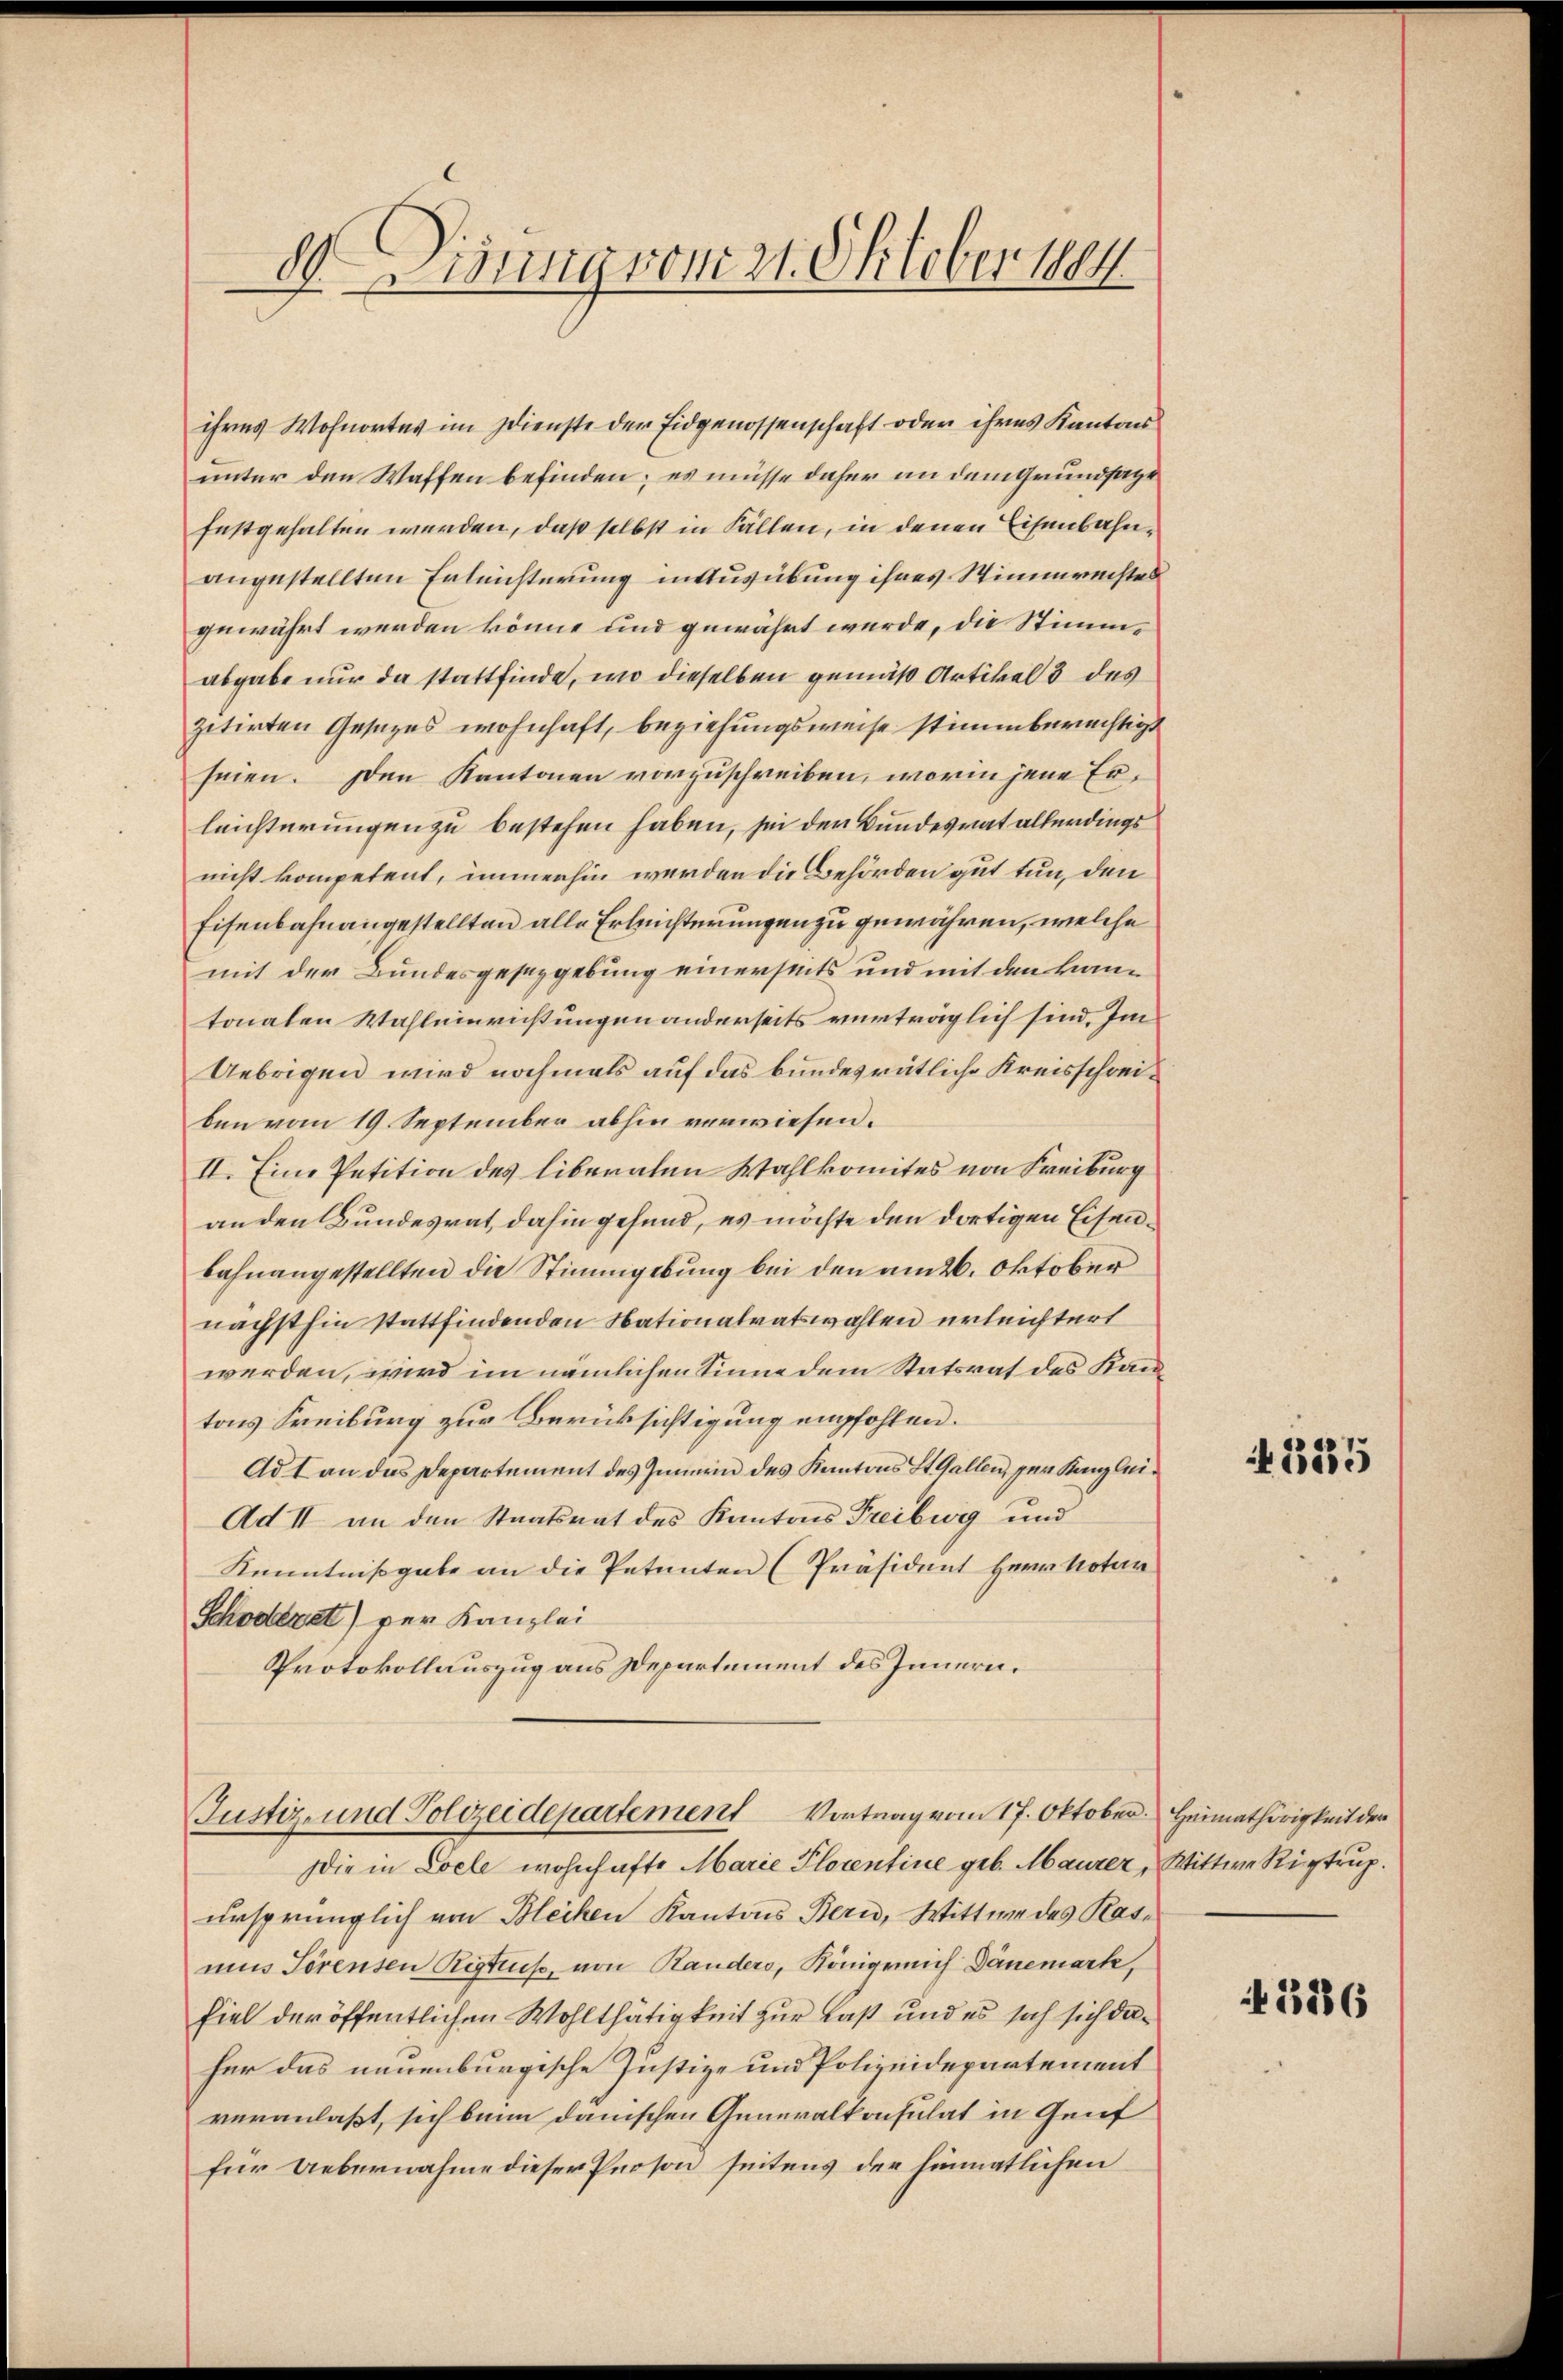
drung vom 21. Oktober 1884

ihres Wohnortes im Dienste der Eidgenossenschaft oder ihres Kantons
unter den Waffen befinden; es müsse daher an dem Grundsate
festgehalten werden, daß selbst in Fällen, in denen Eisenbahnangestellten Erleichterung in Ausübung ihres Stimmrechtes
gewährt werden könne und gewährt werde, die Stimmabgabe nur da stattfinde, wo dieselben gemäß Artikel 8 des
zitirten Gesezes wohnhaft, beziehungsweise stimmberechtigt
seien. Den Kantonen vorzuschreiben, worin jene Erleichterungen zu bestehen haben, sei der Bundesrat allerdings
nicht kompetent, immerhin werden die Behörden gut tun, den
Eisenbahnangestellten alle Erleichterungen zu gewähren, welche
mit der Bundesgesezgebung einerseits und mit den kann
tonalen Wahleinrüstungen anderseits verträglich sind. Im
Uebrigen wird nochmals auf das bundesrätliche Kreisschreiben vom 19 September abhin verwiesen.
II. Eine Petition des liberaten Wahlkomites von Freiburg
anden Bundesrat dahin gefund, es möchte den dortigen Eisenbahnangestellten die Stimmgebung bei den am 26. Oktober
nächsthin stattfindenden Nationalratswahlen erleichtert
werden, wird im nämlichen Sinne dem Statsrat des Kantons Freiburg zur Berücksichtigung empfohlen.
Ad 1 an das Departement des Innern des Kantons St. Gallen, per Kanzlei¬
Ad II an den Staatsrat des Kantons Freiburg und
Kenntnißgabe an die Petenten (Präsident Herr Notar
Schöderat) per Kanzlei
Protokollauszug aus Departement des Innern.

Justiz- und Polizeidepartement Vortrag vom 17. Oktober.

Die in Loele wohnhafte Marie Plorentine geb. Maurer, Wittwe Rigtrup
ursprünglich von Bleihen Kantons Bern, Wittwe des Kate
mus Torensen Ristus, von Bauders, Königreich Dänemark,
fiel der öffentlichen Wohlthätigkeit zur Last und es sich sich daher das neuenburgische Justiz- und Polizeidepartement
veranlaßt, sich beim danischen Generalkonsulat in Genf
für Uebernahme dieser Person seitens der hinmatlichen

335

Heimathörigkeit der

1886